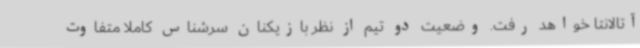
آتالانتا خواهد رفت. وضعیت دو تیم از نظر بازیکنان سرشناس کاملا متفاوت